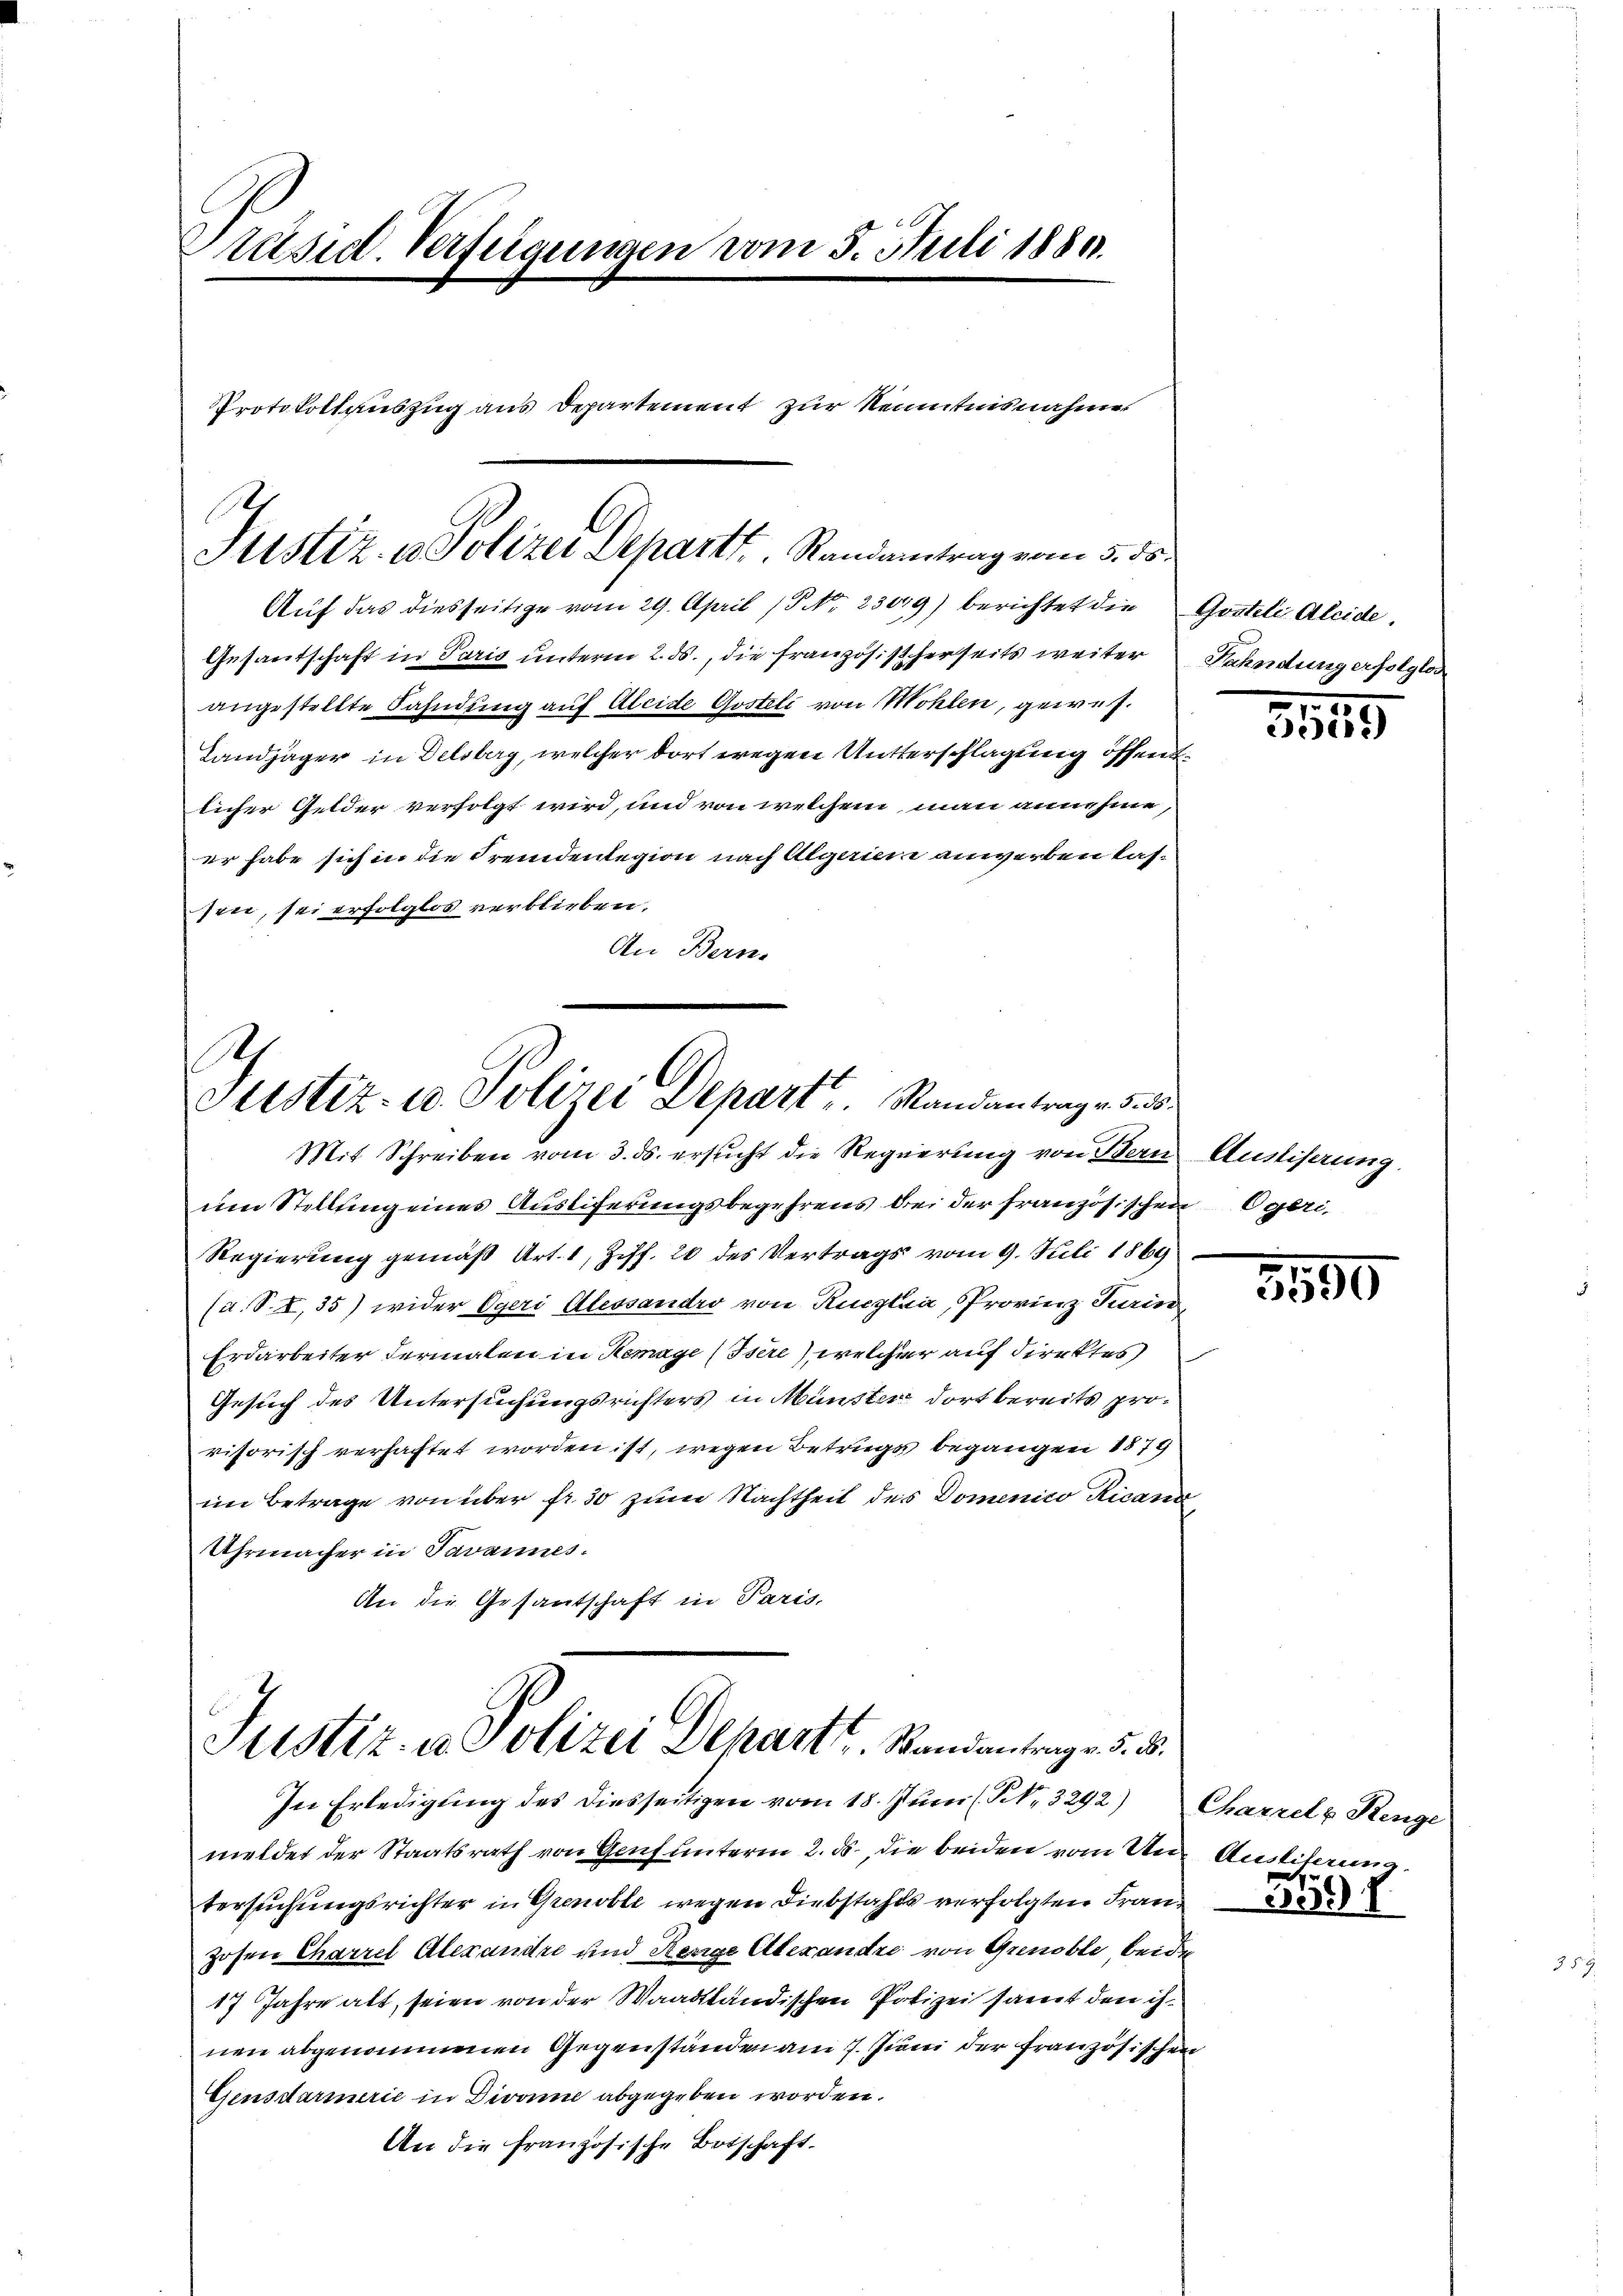
Präsid. Verfügungen vom 5. Juli 1889.
Protokollauszug aus Departement zur Kenntnisnahme

Gesantschaft in Paris unterm 2. ds., die Französischerseits weiter
angestellte Fahndung auf Aleide Gostoli von Wohlen, gewes
Landjäger in Delsberg, welcher dort wegen Untterschlagung öffentlicher Gelder verfolgt wird, und von welchem man annehme,
er habe sich in die Fremdenlegion nach Algarine anwerben lassen, sei erfolglos verblieben.
An Bern.

um Stellung eines Ausliferungsbegehrens bei der französischen Egeri
Regierung gemäß Art. 1, Ziff. 20 des Vertrags vom 9. Juli 1869
(a. S. I,35) wider Egeri Alessandro von Ruczlia, Provinz Turin,
Erdarbeiter dermalen in Remage (Isere), welcher auf direktes
Gesuch des Untersuchungsrichters in Münster dort bereits provisorisch verhachtet worden ist, wegen Betrugs begangen 1879
im Betrage von über fr. 30 zum Nachtheit des Domenico Ricana
Uhrmacher in Javannes.
An die Gesantschaft in Paris,

In Erledigŭng des diesseitigen vom 18. Jŭni (N. N. 3292) Charzel & Renge
meldet der Staatsrath von Genf unterm 2. ds., die beiden vom Untersuchungsrichter in Grenoble wegen Diebstahls verfolgten Franzosen Charrel Alexandre und Herige Alexandre von Grenoble beiden
17 Jahre alt, seien von der Waadtländischen Polizei samt den ihnen abgenommenen Gegenständen am 7. Juni der französischen
Gensdarmerie in Divone abgegeben worden.
An die französische Botschaft.

Justiz u. Polizei Depart. Randantrag vom 3. ds.
Auf das diesseitige vom 29. April (P. Nr. 23009) berichtet die Gesteli Aleide,

Justiz- & Polizei Depart. Standantrage si
Mit Schreiben vom 3. ds. ersucht die Regierung von Bern Ausliserung

Justiz- u. Polizei Dehartt. Standantrage 5. d.

Sahndung erfolgter

3515

5590

Aeisliterung

5591